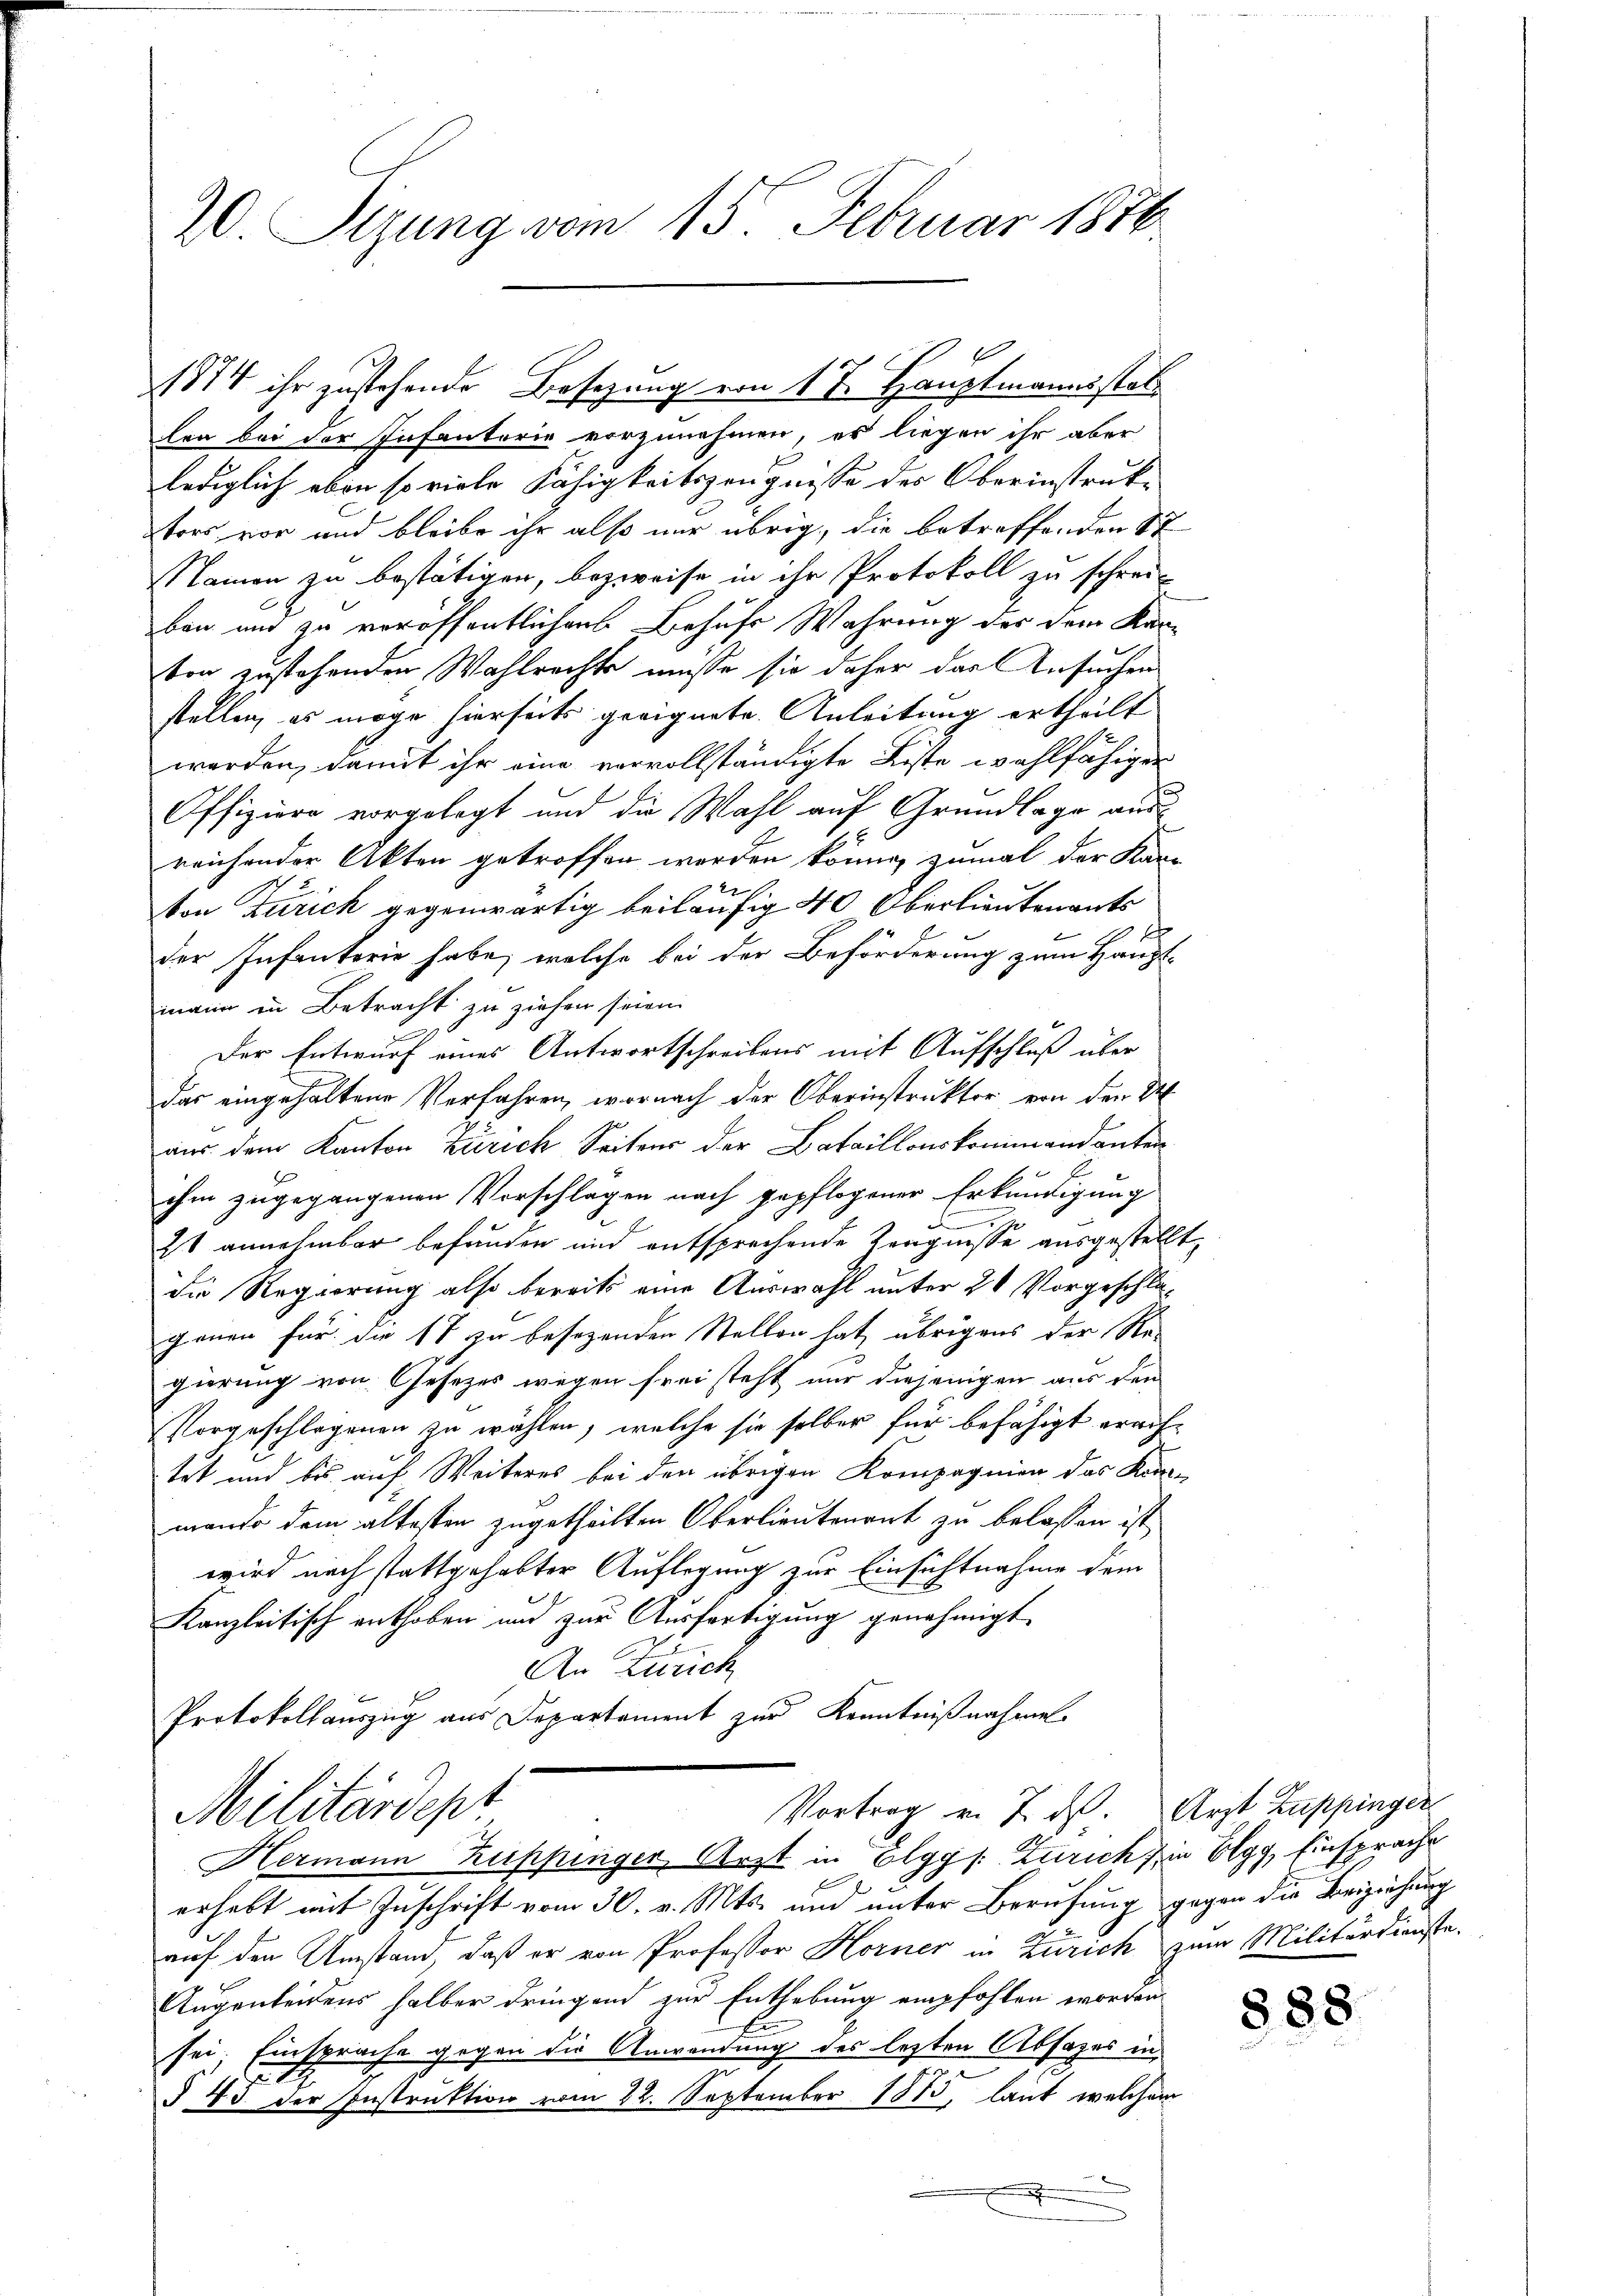
20. Sizung vom 15. Februar 1876

len bei der Infanterie vorzunehmen, es liegen ihr aber
lediglich eben so viele Fähigkeitszeugnisse des Oberinstruktors vor und bleibe ihr also nur übrig, die betreffenden St
Namen zu bestätigen, bezweife in ihr Protokoll zu schrei-
ben und zu veröffentlichen Behufs Wahrung des dem Kanvon zustehenden Wahlrechte müsse sie daher das Ansuchen
stellen, es möge hierseits geeignete Anleitung ertheilt
werden, damit ihr eine vervollständigte Liste wahlfähigen
Offiziere vorgelegt und die Wahl auf Grundlage aus
reichender Akten getroffen worden könne, zumal der Kan-
von Zürich gegenwärtig beiläufig 40 Oberlieutenants
2 x
der Infanterie habe, welche bei der Beförderung zum Haupt-
mann in Betracht zu ziehen seien.
Der Entwurf eines Antwortschreibens mit Aufschluß über
das eingehaltene Verfahren, wornach der Oberinstruktor von den St
aus dem Kanton Zürich Seitens der Bataillonskommandanten
ihm zugegangenen Vorschlagen nach gepflogener Erkundigung
2
2t annehmbar befunden und entsprechende Zeugnisse ausgestellt,
die Regierung also bereits eine Auswahl unter 20 Vorgeschlägenen für die 17 zu besezenden Stellen hat übrigens der Regierung von Gesetzes wegen frei steht nur diejenigen aus den
Vorgeschlagenen zu wählen, welche sie selber für befähigt erachtet und bis auf Weiteres bei den übrigen Kompagnien das Kirmando dem altesten zugetheilten Oberlieutenant zu belassen ist,
wird noch stattgehabter Auflegung zur Einsichtnahme dem
Kanzleitisch enthoben und zur Ausfertigung genehmigt.
An Zürich
Protokollauszug aus Departement zur Kenntnißnahmen.
Vortrag v. 2. ds. Arzt Zuppinger
Militärdepr
Hermann Zuppinger, Arzt in Elgg s. Zürich in Elgg, Einsprache
erhebt mit Zuschrift vom 30. v. Mts. und unter Berufung gegen die Beiziehung
auf den Umstand, daß er von Professor Horner in Zürich zum Militärdienste.
Augenleidens halber dringend zur Enthebung empfohlen worden.
E
sei. Einsprache gegen die Anwendung des letzten Absages in
§ 43 der Instruktion vom 22. September 1875, laut welchem
.

1874 ihr zustehende Besetzung von 17. Hauptmannsstat¬

888.